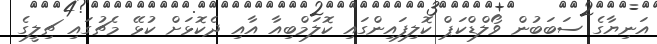
އަނިޔާގެ ސަބަބުން ވޯލްޑްކަޕް ކޮލިފައިންގައި ކޮލަމްބިއާ އާއި ދެކޮޅަށް ކުޅޭ މެޗުގައި ޗިލީގެ